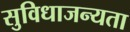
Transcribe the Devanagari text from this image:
सुविधाजन्यता